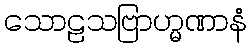
သောဠသဗြာဟ္မဏာနံ